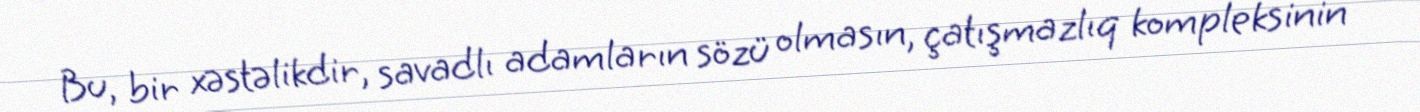
Bu, bir xəstəlikdir, savadlı adamların sözü olmasın, çatışmazlıq kompleksinin